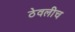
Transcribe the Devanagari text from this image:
ठेवलीच